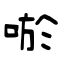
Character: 唹